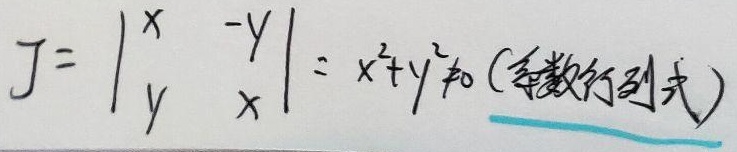
系数行列式：\(J=\begin{vmatrix}x& -y\\y& x\end{vmatrix}=x^{2}+y^{2}\neq0\)